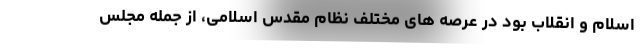
اسلام و انقلاب بود در عرصه های مختلف نظام مقدس اسلامی، از جمله مجلس